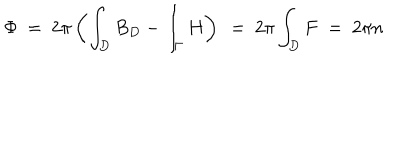
LaTeX: \Phi \ = \ 2 \pi \left( \int _ { D } B _ { D } - \int _ { \Gamma } H \right) \ = \ 2 \pi \int _ { D } F \ = \ 2 \pi n